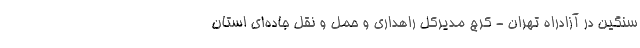
سنگین در آزادراه تهران - کرج مدیرکل راهداری و حمل و نقل جاده‌ای استان